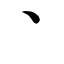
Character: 丶